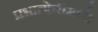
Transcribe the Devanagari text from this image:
प्रभात्फेरीमध्ये